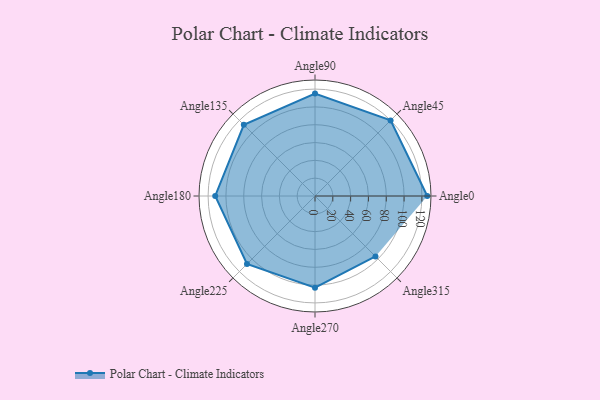
{"axis": {"x": "Angle", "y": "Radius"}, "legend": [""], "data": [{"x": "Angle0", "y": 126.0, "type": ""}, {"x": "Angle45", "y": 120.0, "type": ""}, {"x": "Angle90", "y": 115.0, "type": ""}, {"x": "Angle135", "y": 113.0, "type": ""}, {"x": "Angle180", "y": 112.0, "type": ""}, {"x": "Angle225", "y": 108.0, "type": ""}, {"x": "Angle270", "y": 103.0, "type": ""}, {"x": "Angle315", "y": 96.0, "type": ""}]}